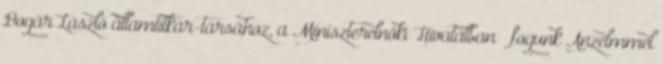
Bogár László államtitkár-társához, a Miniszter­elnöki Hivatalban – fogunk Anzelmmel